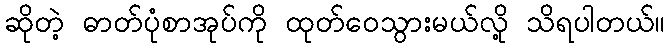
ဆိုတဲ့ ဓာတ်ပုံစာအုပ်ကို ထုတ်ဝေသွားမယ်လို့ သိရပါတယ်။